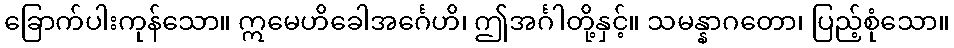
ခြောက်ပါးကုန်သော။ ဣမေဟိခေါအင်္ဂေဟိ၊ ဤအင်္ဂါတို့နှင့်။ သမန္နာဂတော၊ ပြည့်စုံသော။